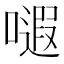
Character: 𱕃